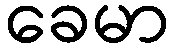
ခေမာ